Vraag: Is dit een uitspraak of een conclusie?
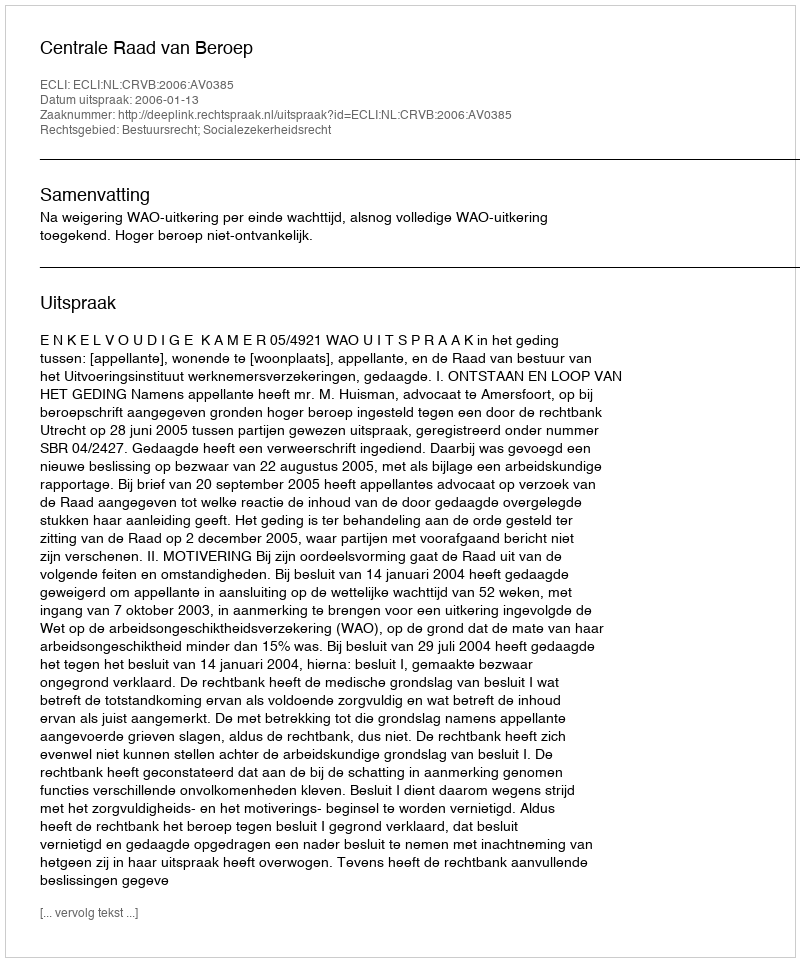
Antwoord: Uitspraak